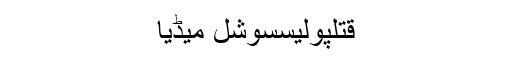
قتلپولیسسوشل میڈیا